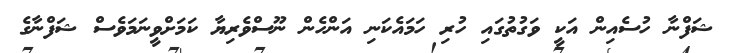
ޝަފްނާ ހުސެއިން އަކީ ވަގުތުގައި ހުރި ހަމައެކަނި އަންހެން ނޫސްވެރިޔާ ކަމަށްވީނަމަވެސް ޝަފްނާގެ